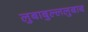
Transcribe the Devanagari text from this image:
लुबाबुल्ललुबाब